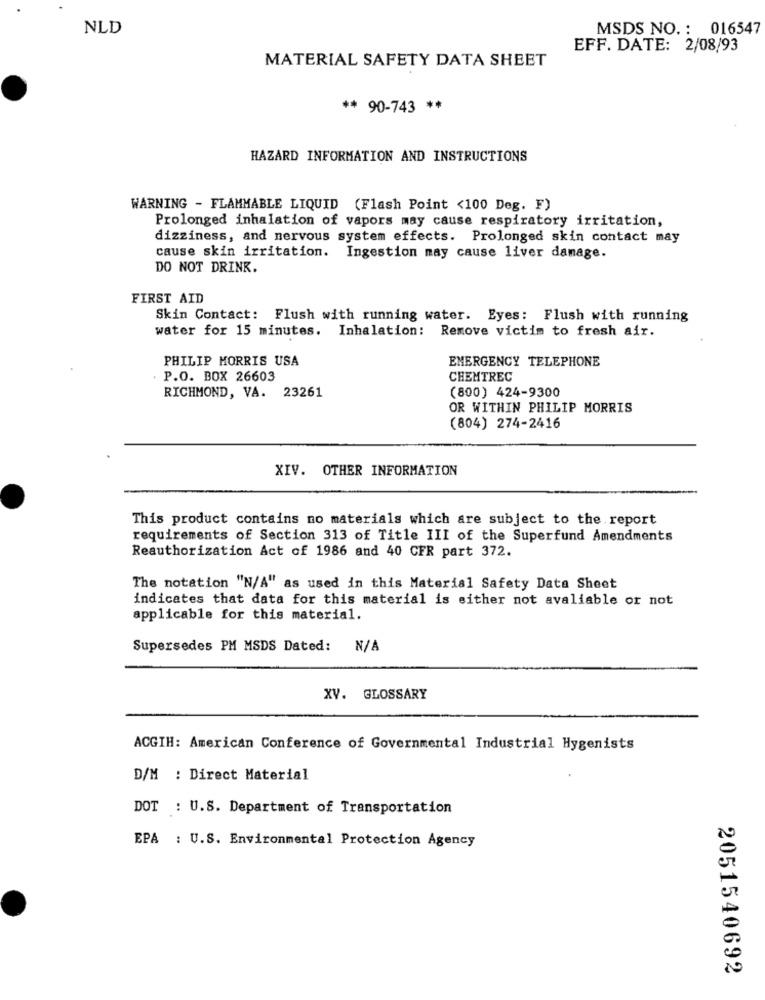
NLD
MSDS NO. : 016547
EFF. DATE: 2/08/93
MATERIAL SAFETY DATA SHEET
** 90-743 **
HAZARD INFORMATION AND INSTRUCTIONS
WARNING - FLAMMABLE LIQUID (Flash Point <100 Deg. F)
Prolonged inhalation of vapors may cause respiratory irritation,
dizziness, and nervous system effects. Prolonged skin contact may
cause skin irritation. Ingestion may cause liver damage.
DO NOT DRINK.
FIRST AID
Skin Contact: Flush with running water. Eyes: Flush with running
water for 15 minutes. Inhalation: Remove victim to fresh air.
PHILIP MORRIS USA
EMERGENCY TELEPHONE
. P.O. BOX 26603
CHEMTREC
(800) 424-9300
RICHMOND, VA. 23261
OR WITHIN PHILIP MORRIS
(804) 274-2416
XIV. OTHER INFORMATION
This product contains no materials which are subject to the report
requirements of Section 313 of Title III of the Superfund Amendments
Reauthorization Act of 1986 and 40 CFR part 372.
The notation "N/A" as used in this Material Safety Data Sheet
indicates that data for this material is either not avaliable or not
applicable for this material.
Supersedes PM MSDS Dated:
XV. GLOSSARY
ACGIH: American Conference of Governmental Industrial Hygenists
D/M : Direct Material
DOT : U.S. Department of Transportation
EPA : U.S. Environmental Protection Agency
2051540692